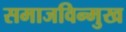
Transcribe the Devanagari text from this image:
समाजविन्मुख